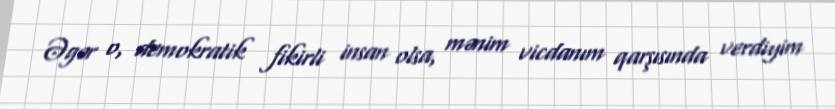
Əgər o, demokratik fikirli insan olsa, mənim vicdanım qarşısında verdiyim